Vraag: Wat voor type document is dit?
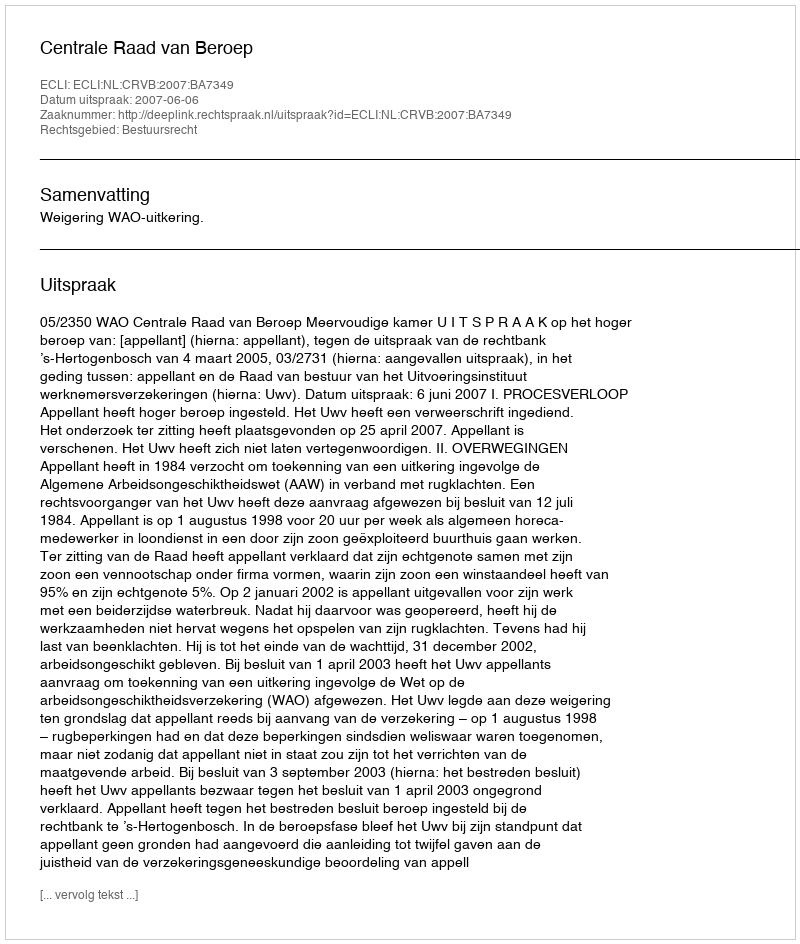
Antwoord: Uitspraak